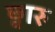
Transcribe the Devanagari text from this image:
छ्वारु